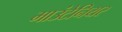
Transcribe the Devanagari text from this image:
माउंटेनियर